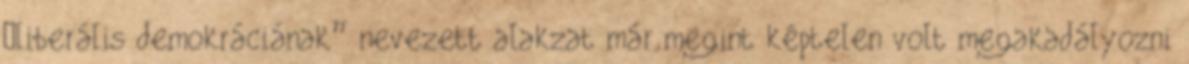
„liberális demokráciának” nevezett alakzat már megint képtelen volt megakadályozni